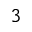
3